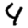
Digit: 4